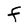
Character: F